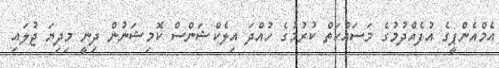
އެމްއެންޕީގެ އުފެއްދުމުގެ މަސައްކަތް ކުރުމުގެ ހުއްދަ އިލެކްޝަންސް ކޮމިޝަނުން ދިނީ މިދިޔަ ޖުލައި